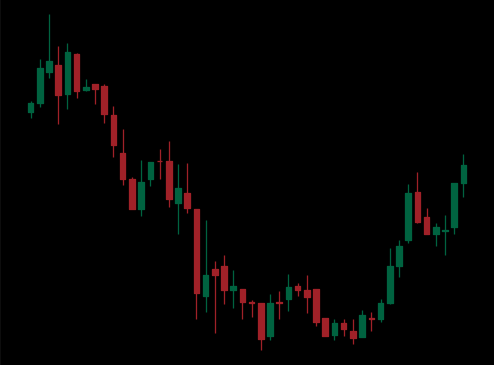
Pattern: bull_flag